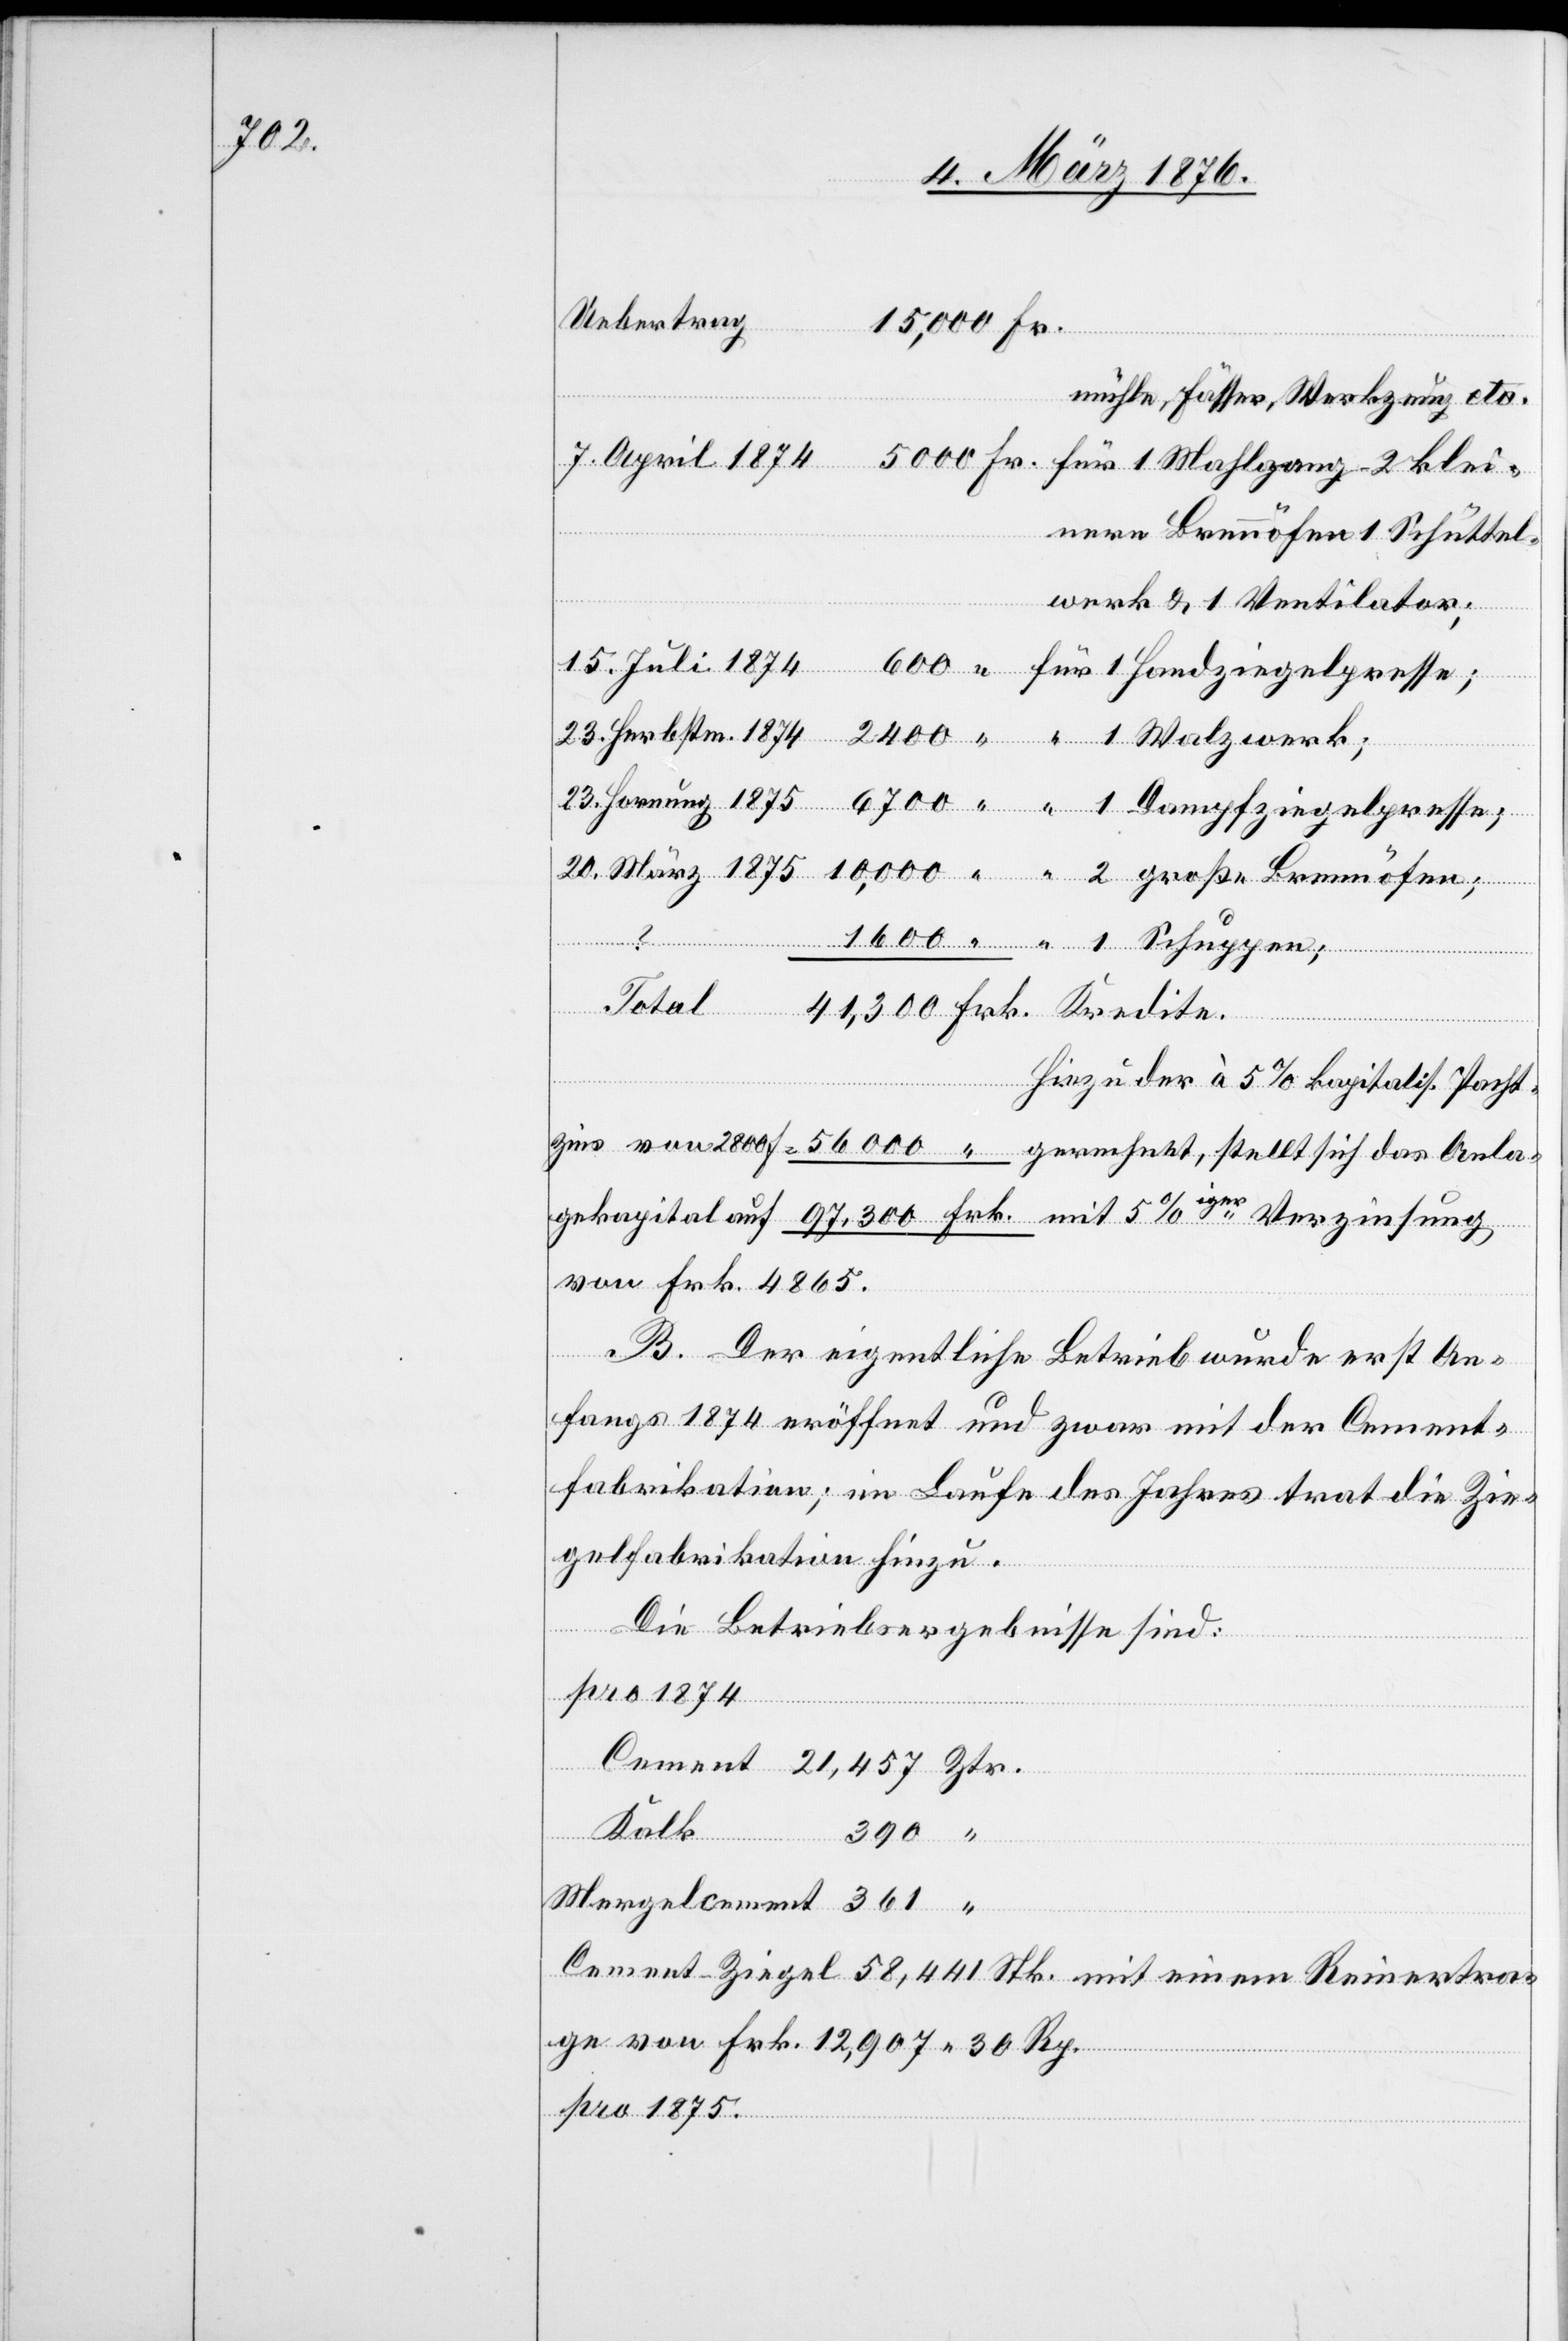
2800

20. März 1875
Uebertrag
mühle, Fässer, Werkzeug etc.
7. April 1874
nere Brennöfen 1 Schüttel¬
werk & 1 Ventilator;
1 Handziegelpresse;
23. Herbstm. 1874
sung
1 Walzwerk;
Reinertra¬
Ver¬
Hiezu der à 5% kapitalis. Pacht¬
von Frk. 4865.
B. Der eigentliche Betrieb wurde erst An¬
fangs 1874 eröffnet und zwar mit der Cement¬
fabrikation; im Laufe des Jahres trat die Zie¬
gelfabrikation hinzu.
Die Betriebsergebnisse sind:
pro 1874
Cement
ge von Frk. 12,907 30 Rp.
pro 1875.